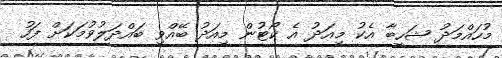
މުހައްމަދު ޝަހީބާ އެކު މިއަދު އެ ކޯޓުން މިއަދު ބޭއްވި ބައްދަލުވުމަކަށް ފަހު